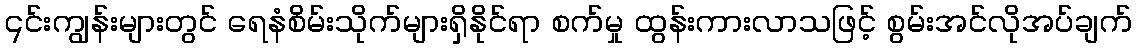
၎င်းကျွန်းများတွင် ရေနံစိမ်းသိုက်များရှိနိုင်ရာ စက်မှု ထွန်းကားလာသဖြင့် စွမ်းအင်လိုအပ်ချက်